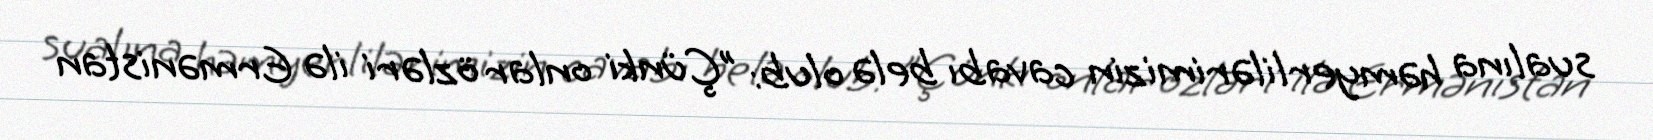
sualına həmyerlilərimizin cavabı belə olub: "Çünki onlar özləri ilə Ermənistan